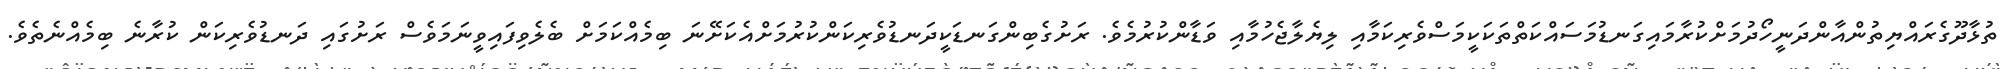
ތުޅާދޫގެެރައްޔިތުންއާންދަނީހޯދުމަށްކުރާމައިގަނޑުމަސައްކަތްތަކަކީމަސްވެރިކަމާއިި ލިޔެލާޖެހުމާއި ވަޑާންކުރުމެވެ. ރަށުގެބިންގަނޑަކީދަނޑުވެރިކަންކުރުމަށްއެކަށޭނަ ބިމެއްކަމަށް ބެލެވިފައިވީނަމަވެސް ރަށުގައި ދަނޑުވެރިކަން ކުރާނެ ބިމެއްނެތެވެ.